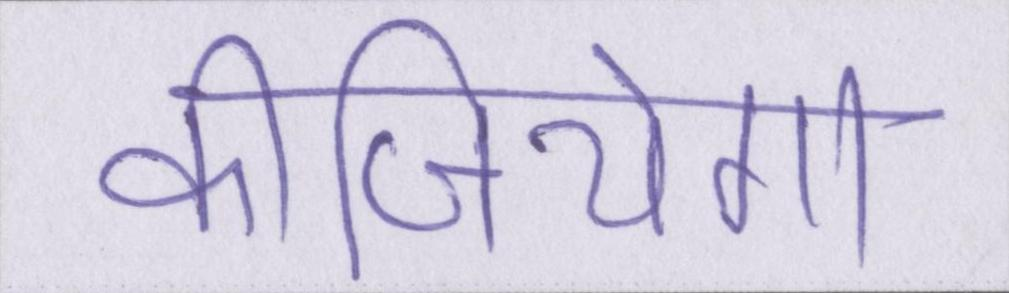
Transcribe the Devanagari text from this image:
कीजियेगा